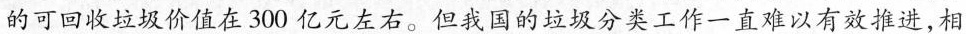
的可回收垃圾价值在300亿元左右。但我国的垃圾分类工作-一直难以有效推进，相